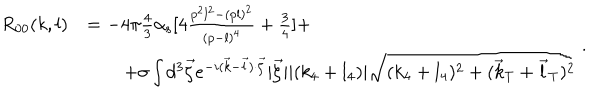
LaTeX: \begin{array} { l l } { { R _ { 0 0 } ( k , l ) } } & { { = - 4 \pi { \frac { 4 } { 3 } } \alpha _ { \mathrm { s } } [ 4 { \frac { p ^ { 2 } l ^ { 2 } - ( p l ) ^ { 2 } } { ( p - l ) ^ { 4 } } } + { \frac { 3 } { 4 } } ] + \nonumber } } \\ { { } } & { { \qquad + \sigma \int d ^ { 3 } \vec { \zeta } e ^ { - i ( \vec { k } - \vec { l } ) \cdot \vec { \zeta } } \vert { \vec { \zeta } } \vert \vert ( k _ { 4 } + l _ { 4 } ) \vert \sqrt { ( k _ { 4 } + l _ { 4 } ) ^ { 2 } + ( \vec { k } _ { \mathrm { T } } + \vec { l } _ { \mathrm { T } } ) ^ { 2 } } } } \\ \end{array} \, .